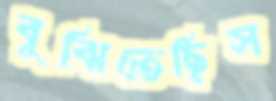
বুঝিতেছিস